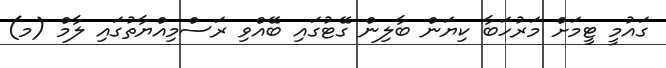
ގައުމީ ޓީމަށް މަރުހަބާ ކިޔަން ބާލިން ގޭޓުގައި ބޭއްވި ރަސްމިއްޔާތުގައި ލާމް (މ)